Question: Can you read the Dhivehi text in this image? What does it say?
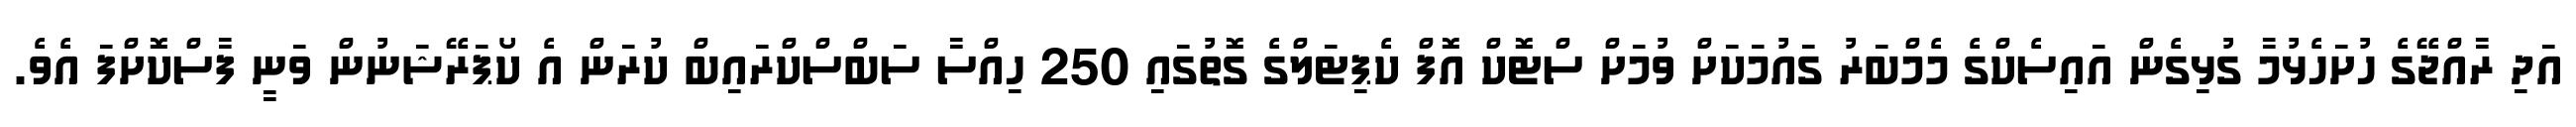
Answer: އަދި ރާއްޖޭގެ ހުށަހެޅުމާ ގުޅިގެން އައިސެކްގެ މެމްބަރު ގައުމަކަށް ވުމަށް ސްޓޮކް އޮފް ކެޕިޓަލްގެ ގޮތުގައި 250 ހިއްސާ ސަބްސްކްރައިބް ކުރަން އެ ކޯޕަރޭޝަނުން ވަނީ ފާސްކޮށްފަ އެވެ.